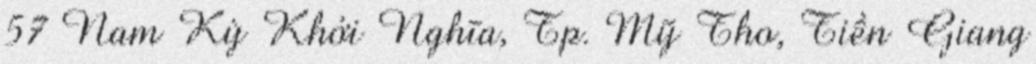
57 Nam Kỳ Khởi Nghĩa, Tp. Mỹ Tho, Tiền Giang